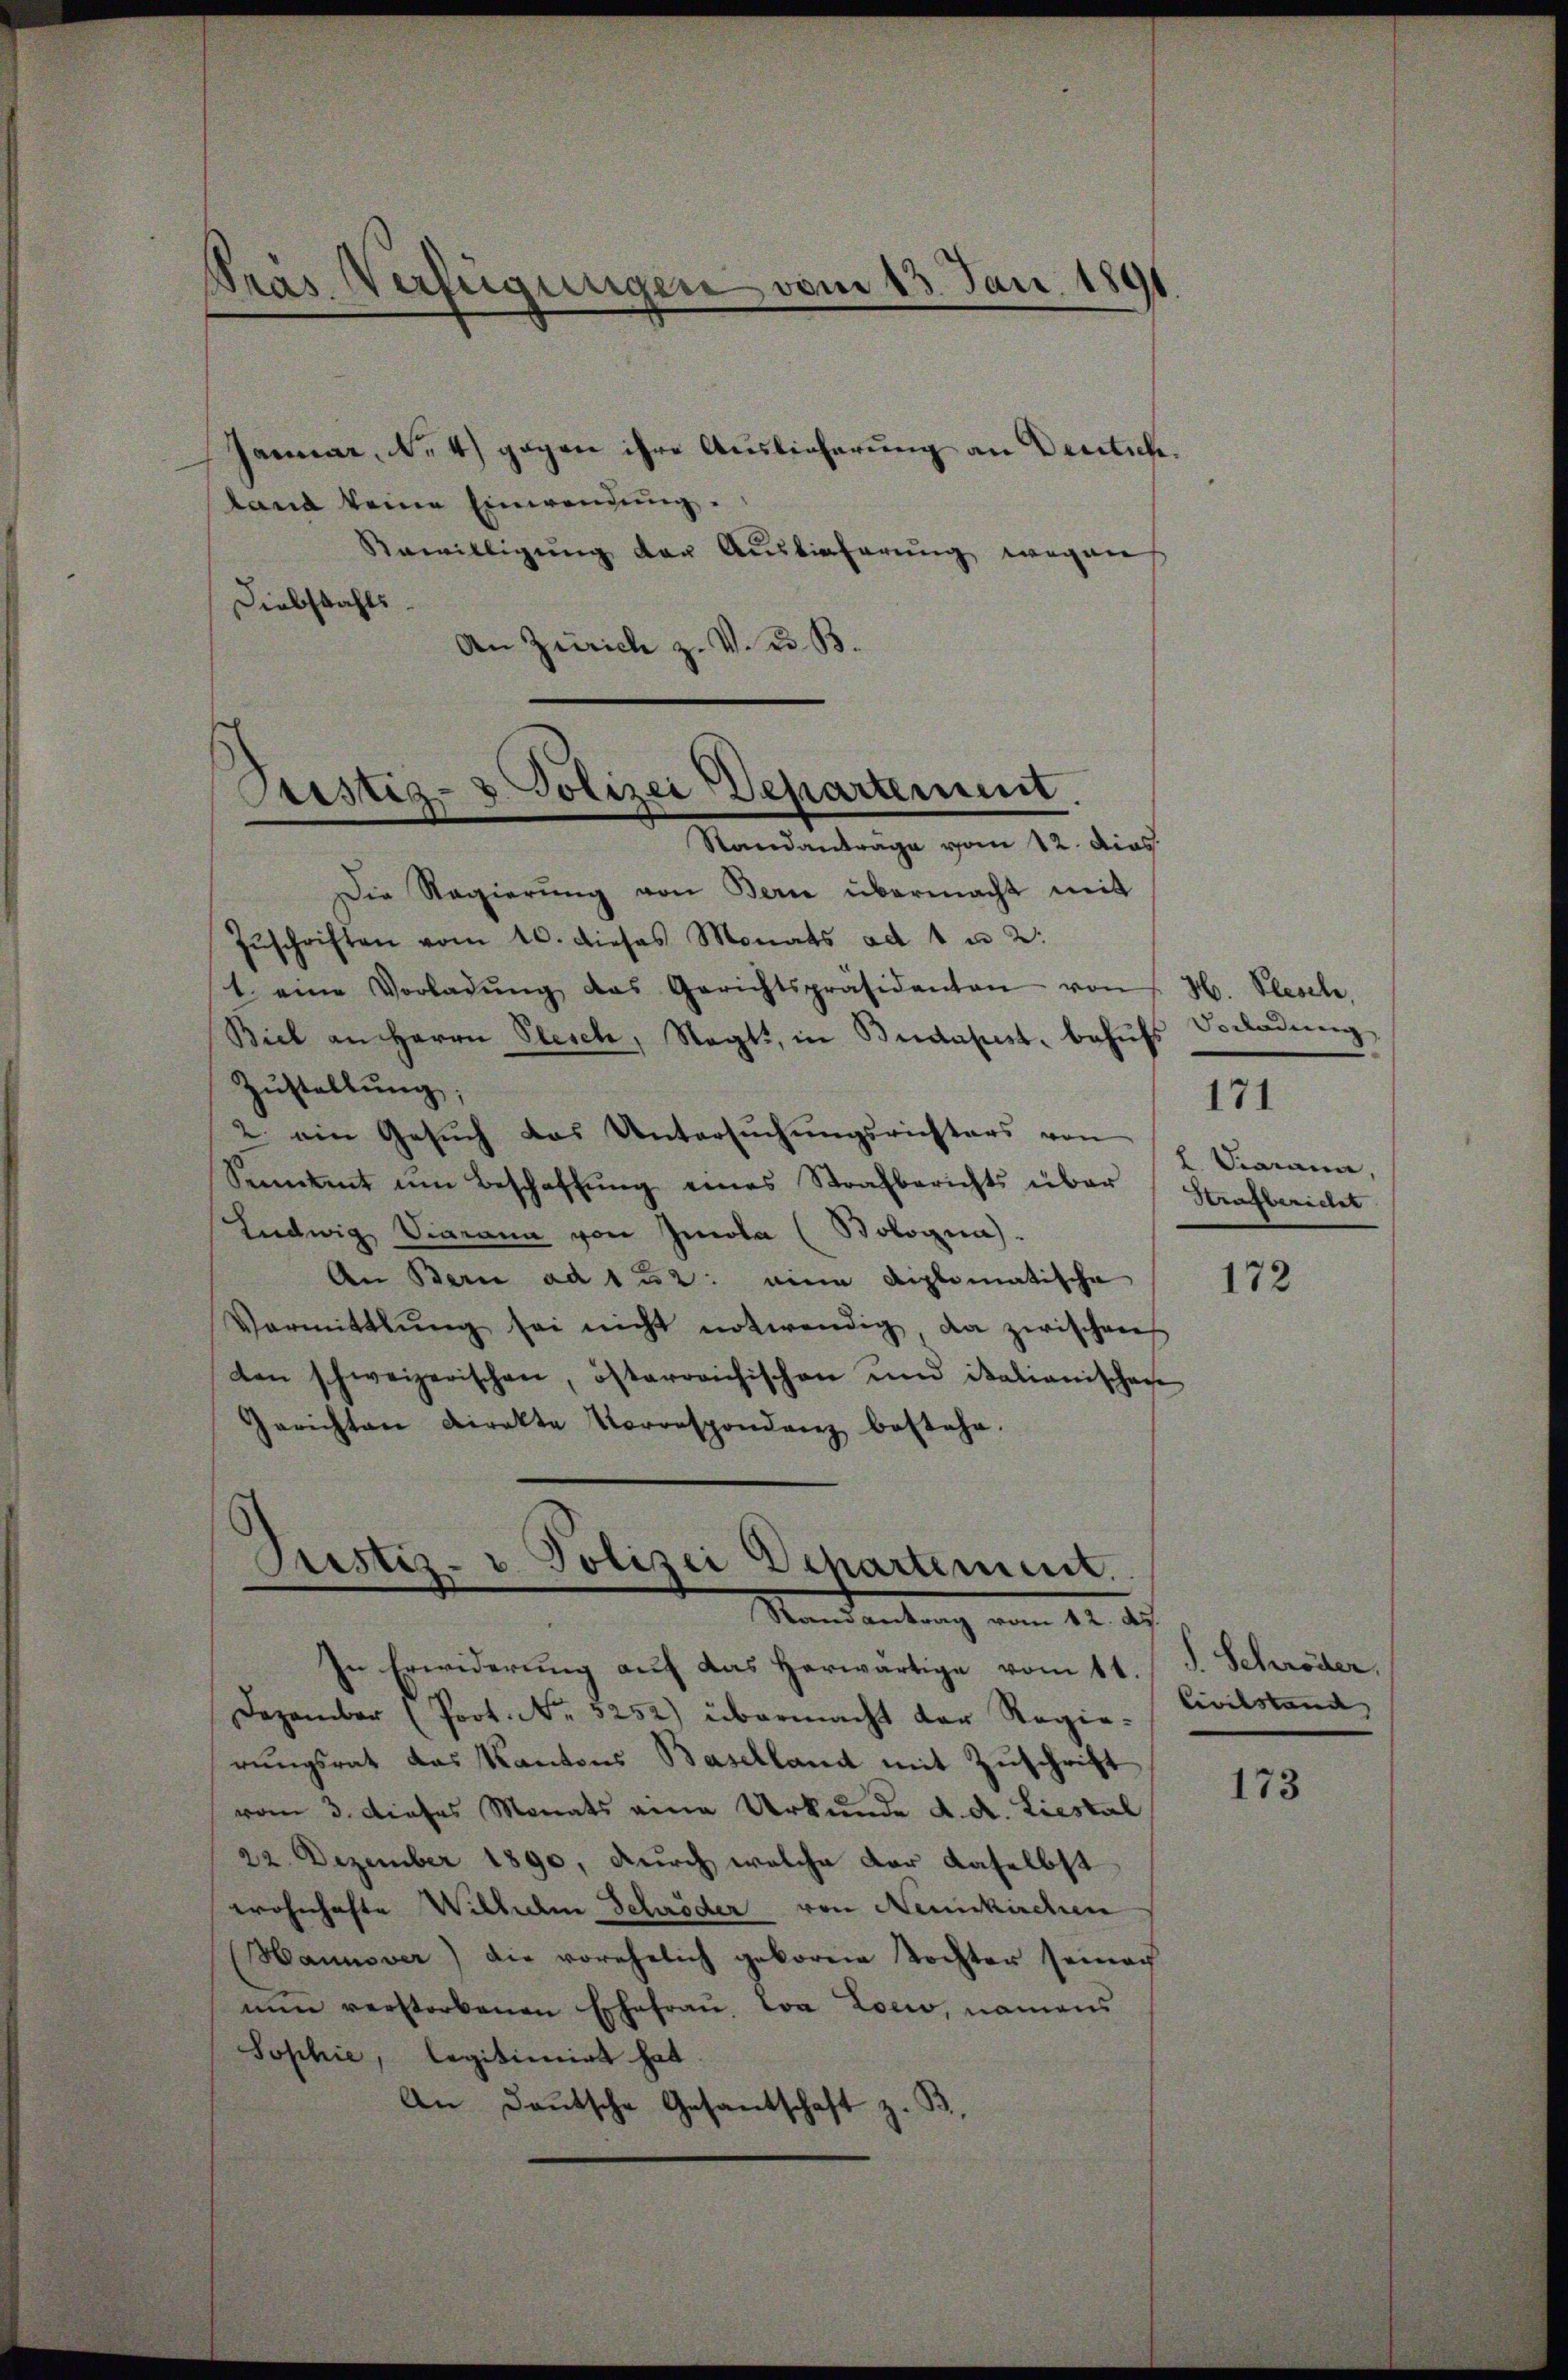
Januar, No 4) gegen ihre Auslieferung an Deutsch.
land keine Einwendung.
Anwilligung der Auslieferung wegen
Diebstahls
An Zürich z. V. u. B.
Die Regierung von Berne übermacht mit
Zŭschriften vom 10. dieses Monats ad 1 u 2:
t. eine Vorladŭng das Gerichtspräsidenten von H. Plesche,
Biel an Herrn Plesch, Sagt, in Budapest, behufs
Zustellung;
2. ein Gesŭch das Untersŭchŭngsrichters von
Semmt um Beschaffŭng eines Strafberichts über Strafbeilet
Ludwig Viamann von Imola (Bologna).
An Bern ad 1 u 2: eine diplomatische
Vormittlung sei nicht notwendig da zwischens
den schweizerischen, österreichischen und italianischen
Gerichten Direkte Vorrespondenz bestehe.

Pras. Verfügungen vom 13. Jan. 1891

Ptistig- & Polizei Departement.
Standanträge vom 12. dies

Prestiz- u. Polizei Departement.
Mandantung vom 12. das

In Erwiderung auf das herwärtige vom 11.
Dezember (Prot. No 5252) übermacht der Regie-Civilstand
rungsrat das Kantons Baselland mit Zuschrift
vom 3. dieses Monats eine Urkunde d. d. Liestal
22. Dezember 1890, durch welche vor daselbst
wohnhafte Wilhelm Schröder von Neunkirchen
Hannover) die vorehelich geborene Tochter seiner
nun verstorbenen Ehefrau. La Loew, namens
Sophie, legitimirt hat.
An Deutsche Gesantschaft z. B.

Vorladung |
 Darann,

171

172

S. Schröder.

173